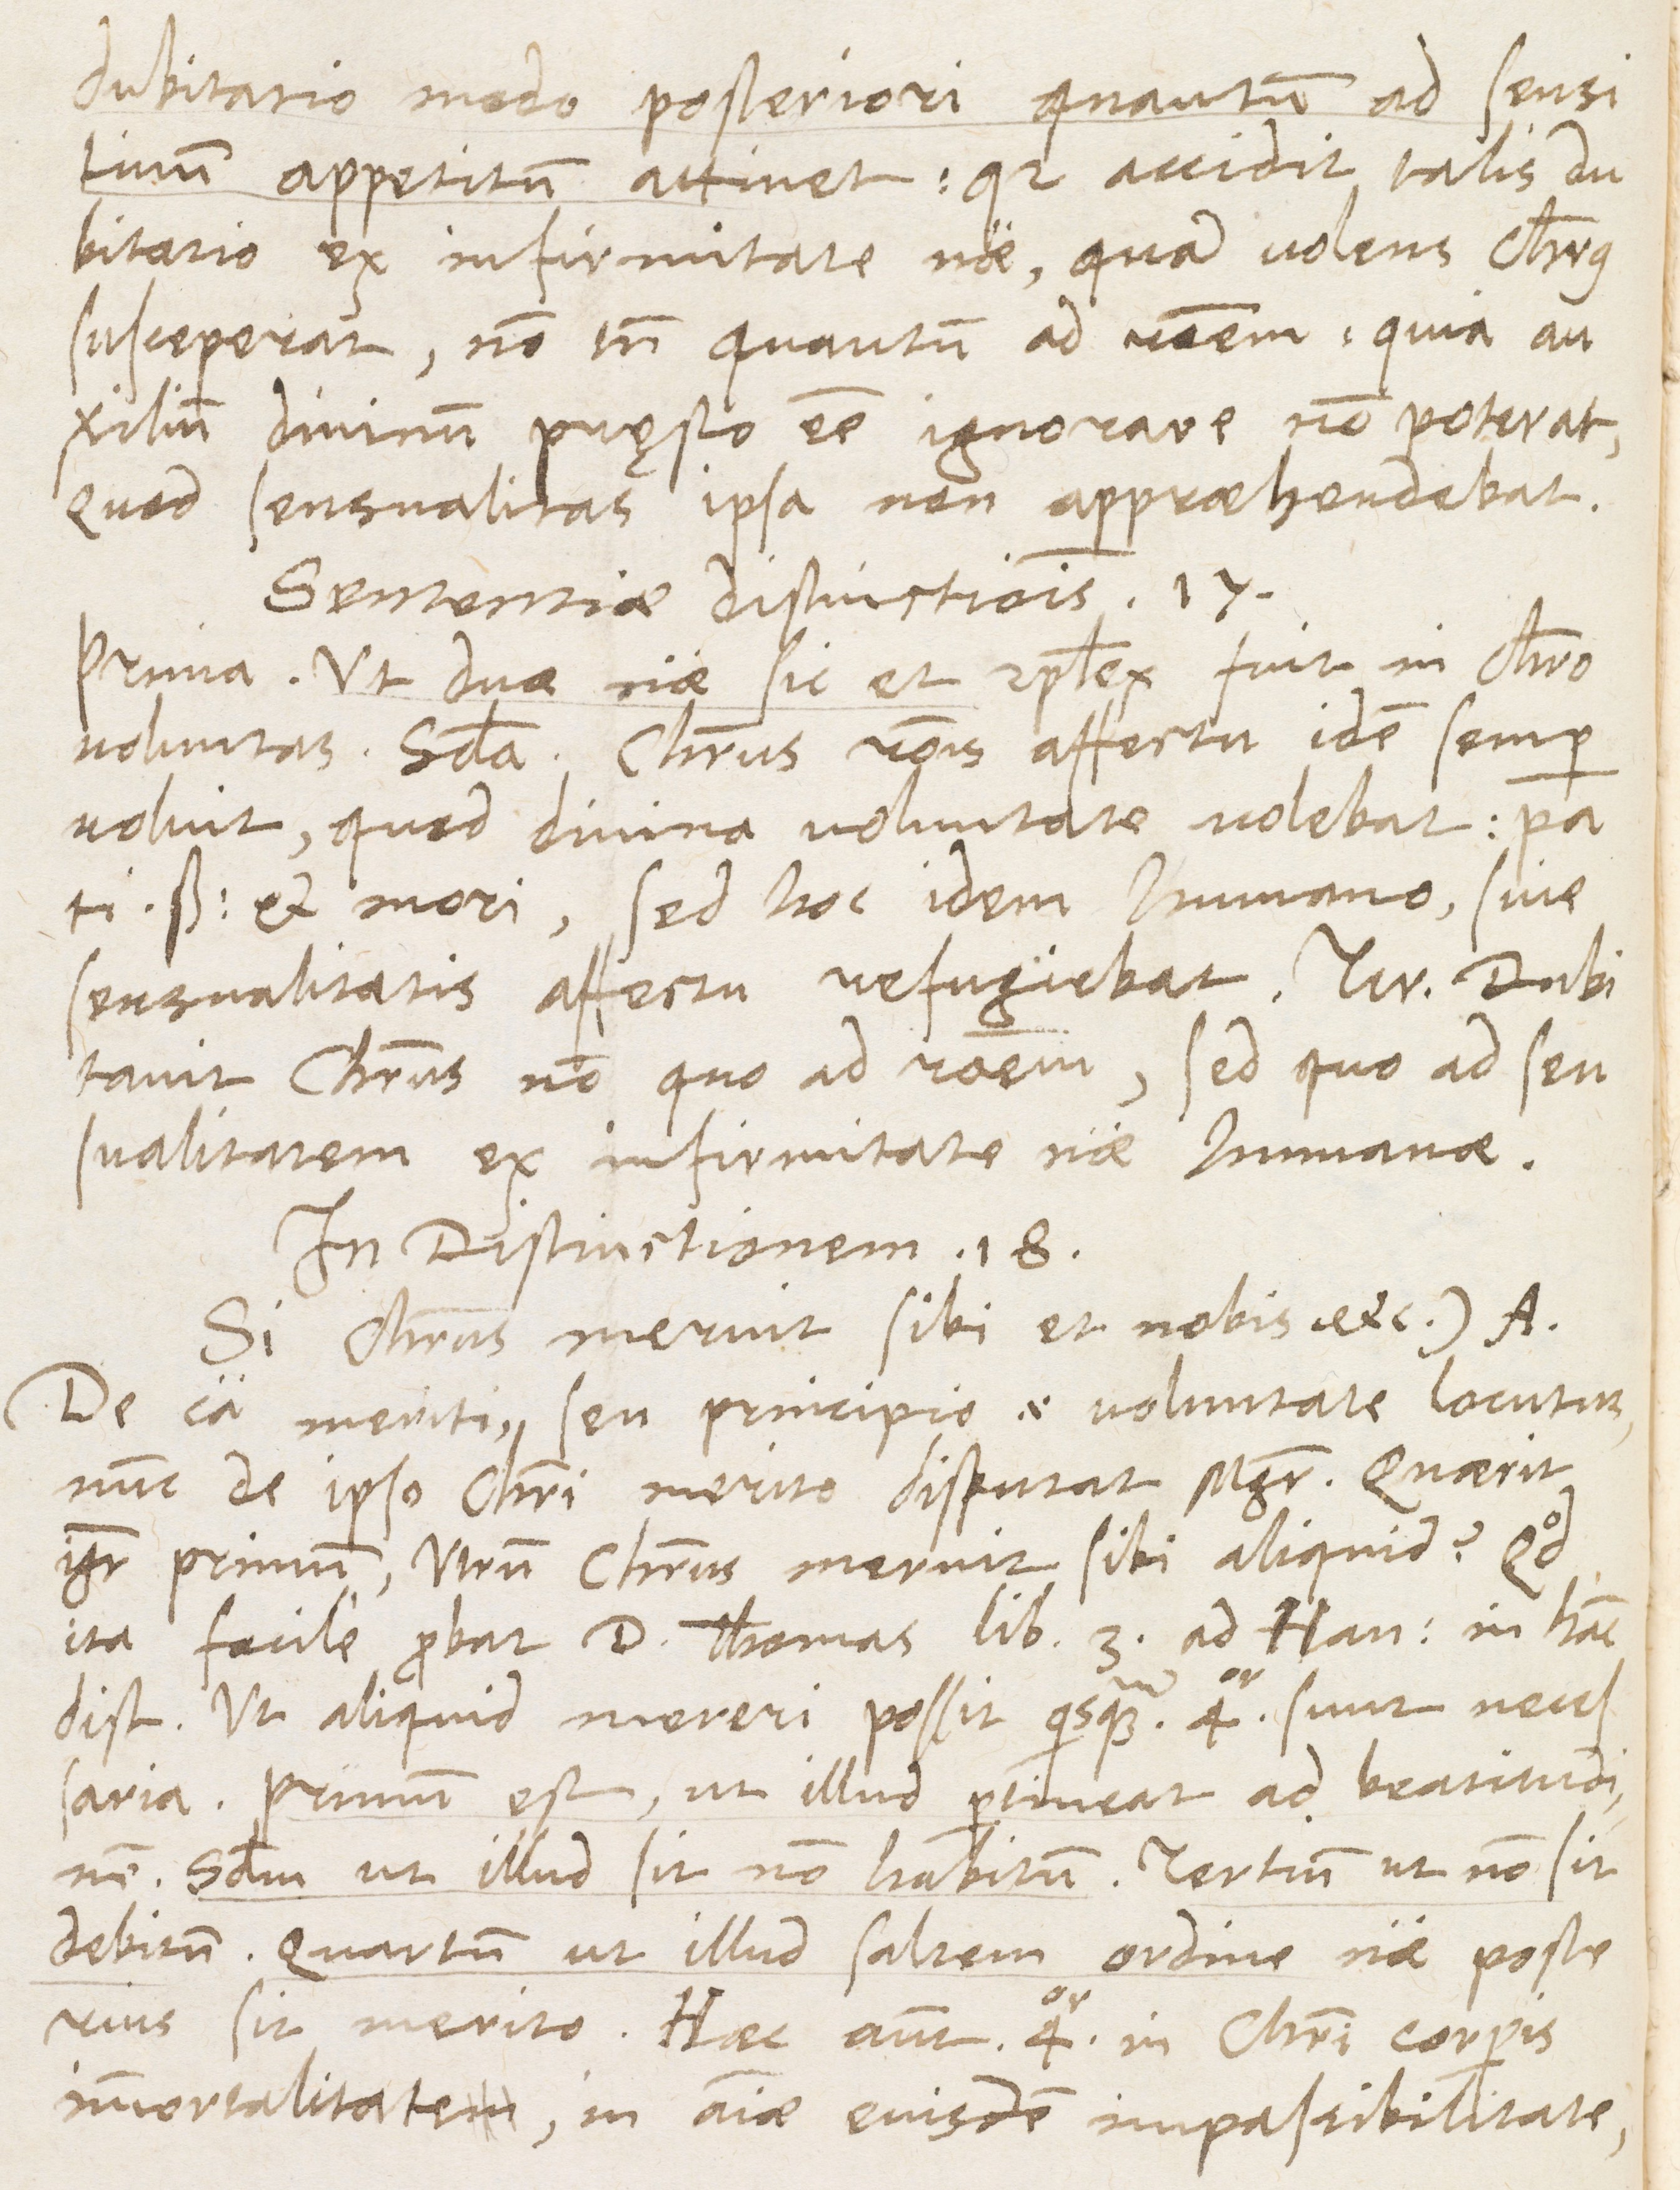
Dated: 1566–1566